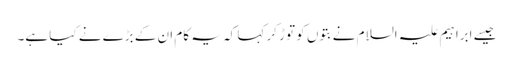
جیسے ابراہیم علیہ السلام نےبتوں کو توڑ کر کہا کہ یہ کام ان کے بڑے نے کیا ہے۔